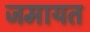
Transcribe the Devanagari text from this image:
जमायत